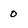
Character: 0